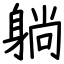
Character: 躺